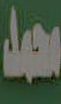
سعد